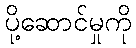
ပို့ဆောင်မှုကို